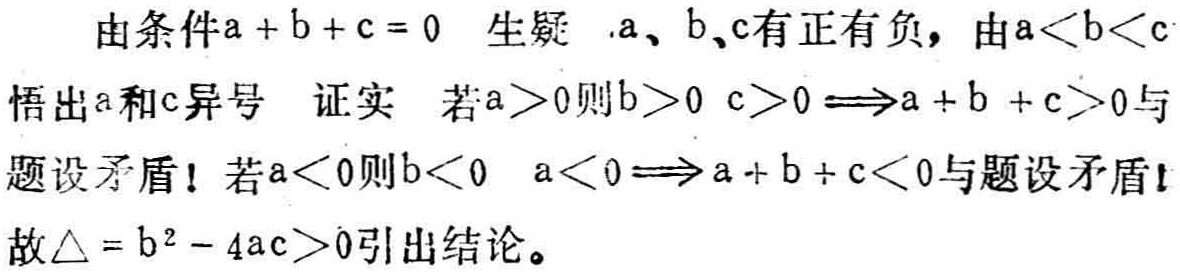
由条件\(a + b + c = 0\) 生疑 \(a、b、c\)有正有负，由\(a < b < c\)悟出\(a\)和\(c\)异号 证实 若\(a>0\)则\(b>0\) \(c>0\)\(\Longrightarrow a + b + c>0\)与题设矛盾！若\(a<0\)则\(b<0\) \(a<0\)\(\Longrightarrow a + b + c<0\)与题设矛盾！故\(\triangle = b^{2} - 4ac>0\)引出结论。